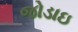
જોડાઇ